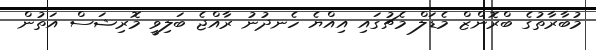
މުބާރާތުގެ ބްރޮންޒް މެޑަލް މެޗުގައި އިއްޔެ ހެނދުނު ރާއްޖެ ބަލިވީ މޮރިޝަސް އަތުން